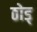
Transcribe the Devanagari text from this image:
ठोड्